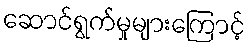
ဆောင်ရွက်မှုများကြောင့်